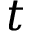
t